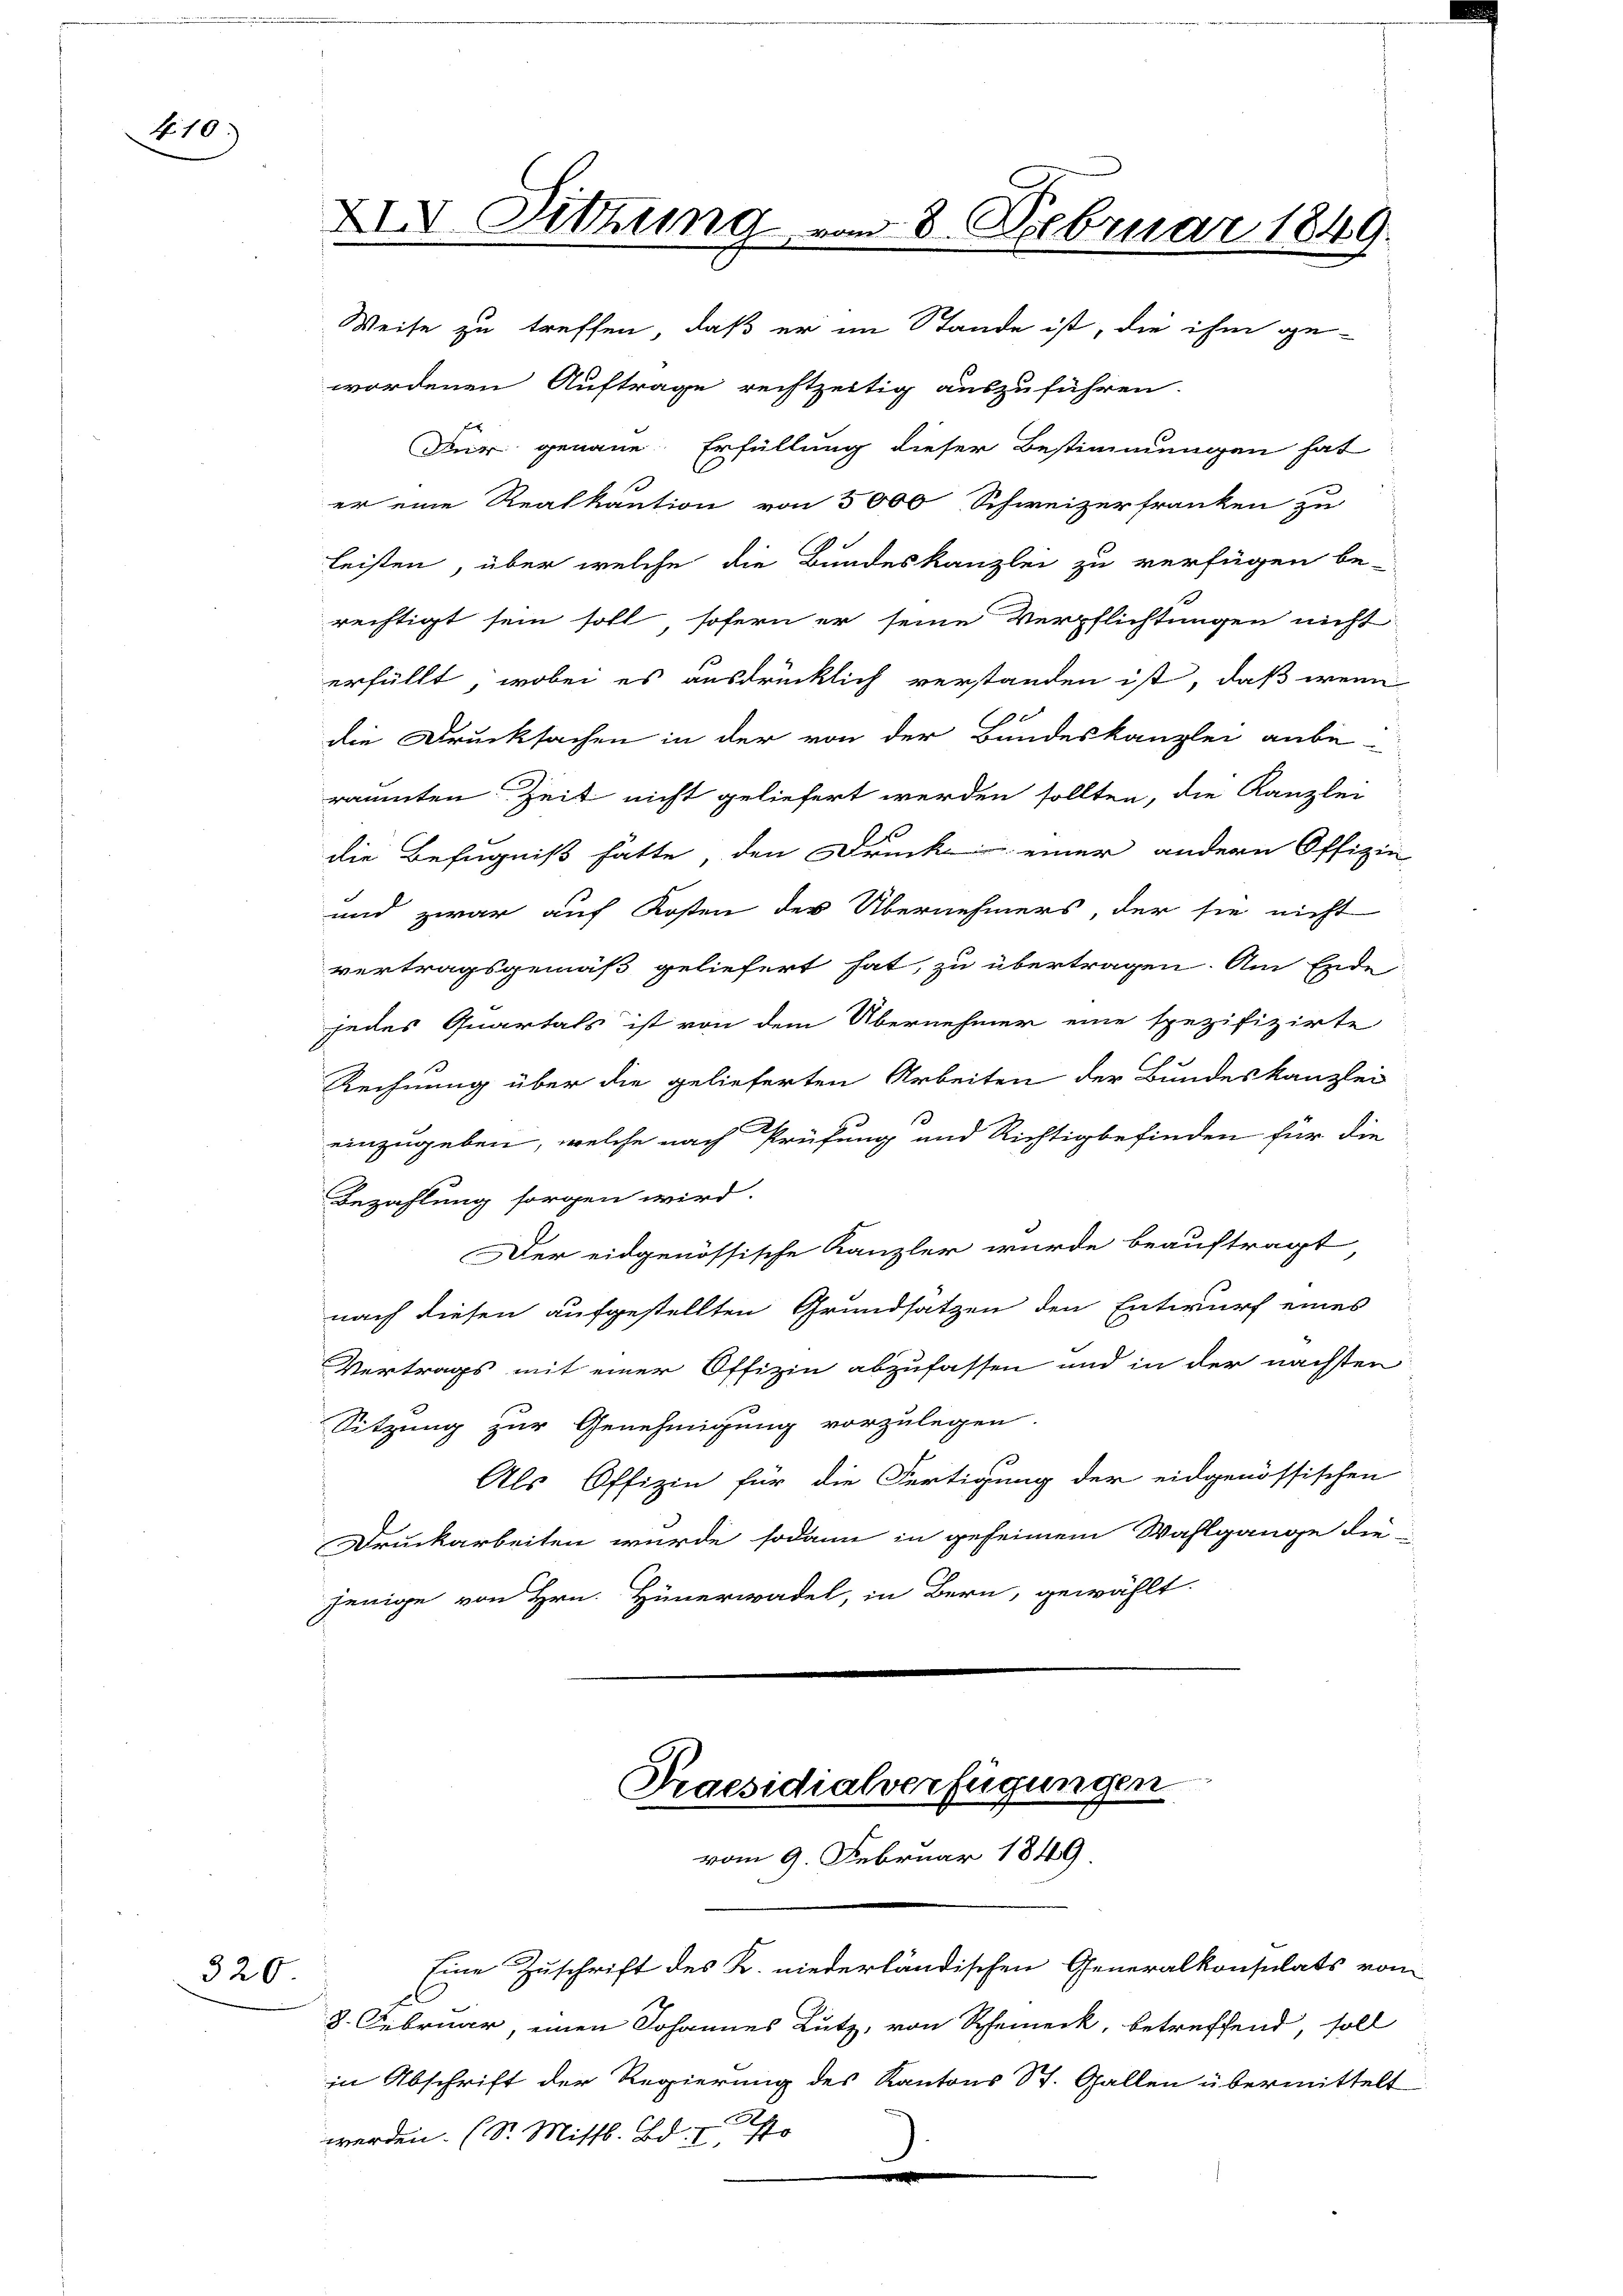
410.)

320

XIV. Sitzung vom 8. Februar 1841

Weise zu treffen, daß er im Stande ist, die ihm ge-
wordenen Auftrage rechtzeitig auszuführen.
Dir genaue Erfüllung dieser Bestimmungen hat
er eine Realkaution von 5000 Schweizerfranken zu
leisten, über welche die Bundeskanzlei zu verfügen be-
rechtigt sein soll sofern er seine Verpflichtungen nicht
erfüllt, wobei es ausdrücklich verstanden ist, daß wenn
10
die Drucksachen in der von der Bundeskanzlei anbe-
räumten Zeit nicht geliefert werden sollten, die Kanzlei
die Befugniß hätte, den Druck einer andern Offizie
und zwar auf Kosten der Übernehmers, der sie nicht
vertragsgemäß geliefert hat, zu übertragen. Am Ende
jedes Quartals ist von dem Übernehmer eine spezifizirte
Rechnung über die gelieferten Arbeiten der Bundeskanzlei
einzugeben, welche nach Prüfung und Richtigbefinden für die
Bezahlung sorgen wird.
Der eidgenössische Kanzler wurde beauftragt,
nach diesen aufgestellten Grundsatzen den Entwurf eines
Vertrags mit einer Offizin abzufassen und in der nächsten
Sitzung zur Genehmigung vorzulegen.
Als Offizin für die Fertigung der eidgenössischen
Druckarbeiten wurde sodann in geseinem Wahlgange die
jenige von Hrn. Hünerwadel, in Bern, gewählt.
Praesidialverfügungen

vom 9. Februar 1849

in Abschrift der Regierung des Kantons St. Gallen übermittelt
werden. (S. Mittl. Bd. I

Eine Zuschrift des K. niederländischen Generalkonsulats von
8. Februar einen Johannes Lutz, von Rheineck, betreffend, soll